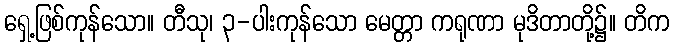
ရှေ့ဖြစ်ကုန်သော။ တီသု၊ ၃-ပါးကုန်သော မေတ္တာ ကရုဏာ မုဒိတာတို့၌။ တိက